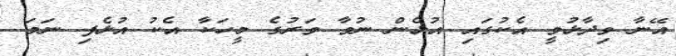
އޭނާ ވިދާޅުވީ އެކުގައި އުޅެން ނުވާ ވަރުގެ މީހަކާ އެކު އުޅެފި ނަމަ